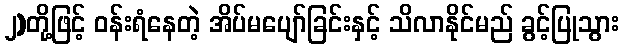
၂)တို့ဖြင့် ဝန်းရံနေတဲ့ အိပ်မပျော်ခြင်းနှင့် သိလာနိုင်မည် ခွင့်ပြုသွား